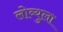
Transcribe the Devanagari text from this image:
लोब्युला